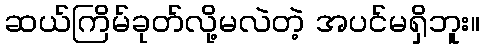
ဆယ်ကြိမ်ခုတ်လို့မလဲတဲ့ အပင်မရှိဘူး။